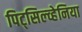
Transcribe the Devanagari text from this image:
पिट्‌सिल्व्हेनिया